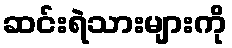
ဆင်းရဲသားများကို